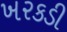
ખરકડી